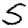
Digit: 5